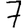
Digit: 7